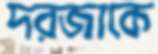
দরজাকে